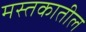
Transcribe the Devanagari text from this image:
मस्तकातील